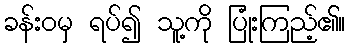
ခန်းဝမှ ရပ်၍ သူ့ကို ပြုံးကြည့်၏။